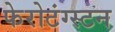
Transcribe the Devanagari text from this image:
फेरोटंग्स्टन